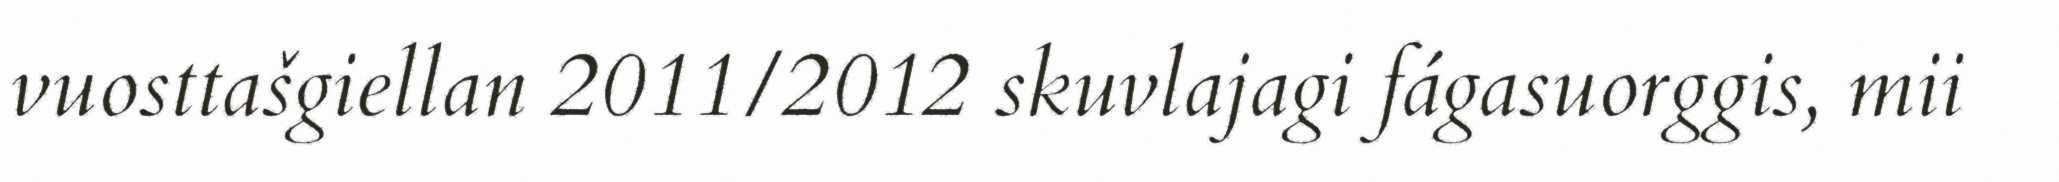
vuosttašgiellan 2011/2012 skuvlajagi fágasuorggis, mii